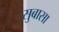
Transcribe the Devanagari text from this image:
सुबासा